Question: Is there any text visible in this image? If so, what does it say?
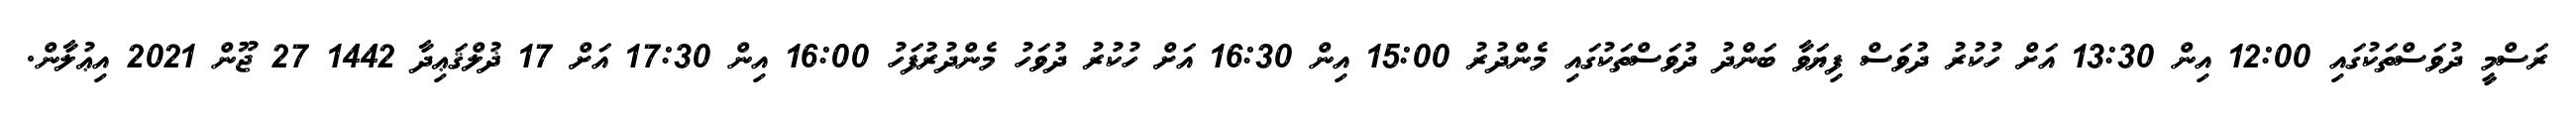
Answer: ރަސްމީ ދުވަސްތަކުގައި 12:00 އިން 13:30 އަށް ހުކުރު ދުވަސް ފިޔަވާ ބަންދު ދުވަސްތަކުގައި މެންދުރު 15:00 އިން 16:30 އަށް ހުކުރު ދުވަހު މެންދުރުފަހު 16:00 އިން 17:30 އަށް 17 ޛުލްޤަޢިދާ 1442 27 ޖޫން 2021 އިޢުލާން.